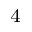
_ 4